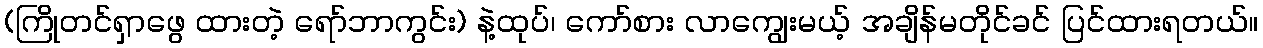
(ကြိုတင်ရှာဖွေ ထားတဲ့ ရော်ဘာကွင်း) နဲ့ထုပ်၊ ကော်စား လာကျွေးမယ့် အချိန်မတိုင်ခင် ပြင်ထားရတယ်။